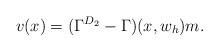
LaTeX: \begin{align*} v(x)= (\Gamma^{D_2}-\Gamma)(x,w_h)m.\end{align*}